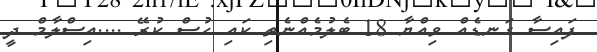
ފައިސާ ގަނޑެއް ވިއްޔާ 18 ބެލުމެއްނެތި ކައި ހުސް ކުރޭ ....އިސްލާމް ދީ